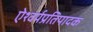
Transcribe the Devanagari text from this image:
ऐश्वर्यप्रतिपादक